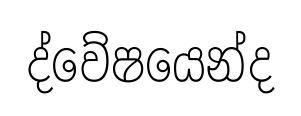
ද්වේෂයෙන්ද